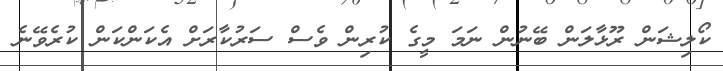
ކޯލިޝަން ރޫޅާލަން ބޭނުން ނަމަ މީގެ ކުރިން ވެސް ސަރުކާރަށް އެކަންކަން ކުރެވޭނެ